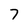
Character: 7